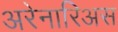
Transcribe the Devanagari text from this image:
अरेनारिअस